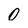
Character: 0